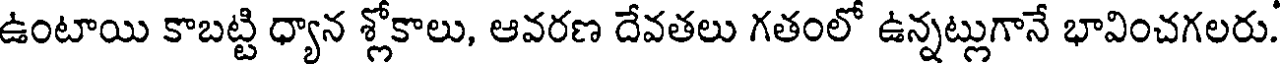
ఉంటాయి కాబట్టి ధ్యాన శ్లోకాలు, ఆవరణ దేవతలు గతంలో ఉన్నట్లుగానే భావించగలరు.